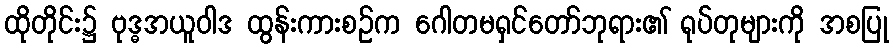
ထိုတိုင်း၌ ဗုဒ္ဓအယူဝါဒ ထွန်းကားစဉ်က ဂေါတမရှင်တော်ဘုရား၏ ရုပ်တုများကို အစပြု